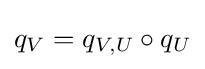
q_{V}=q_{V,U}\circ q_{U}